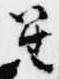
笙